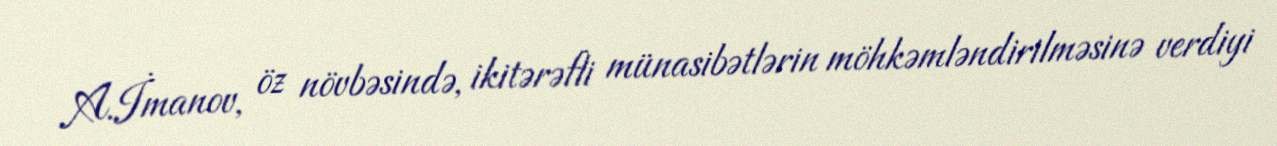
A.İmanov, öz növbəsində, ikitərəfli münasibətlərin möhkəmləndirilməsinə verdiyi